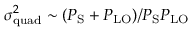
\sigma _ { \mathrm { q u a d } } ^ { 2 } \sim { ( P _ { \mathrm { S } } + P _ { \mathrm { L O } } ) } / { P _ { \mathrm { S } } P _ { \mathrm { L O } } }